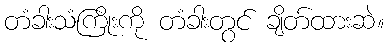
တံခါးသံကြိုးကို တံခါးတွင် ချိတ်ထားဆဲ။